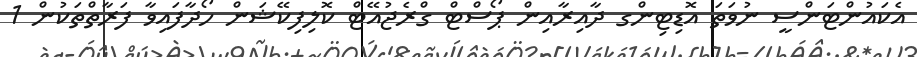
އެކައުންޓަންސީ ނުވަތަ އޮޑިޓިންގ ދާއިރާއިން ޕޯސްޓް ގްރެޖުއޭޓް ކޮލިފިކޭޝަން ހޯދާފައިވާ ފަރާތްތަކުން 1